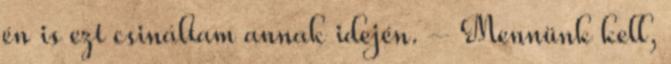
én is ezt csináltam annak idején. – Mennünk kell,